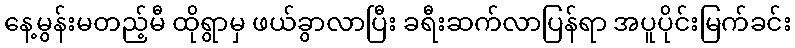
နေ့မွန်းမတည့်မီ ထိုရွာမှ ဖယ်ခွာလာပြီး ခရီးဆက်လာပြန်ရာ အပူပိုင်းမြက်ခင်း